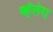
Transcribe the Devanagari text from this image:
व्हॅलेरा